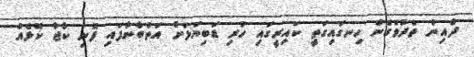
ދާއިން ތެދުވެގެން ހިނގައިގަތީ ކައިރީގައި ހުރި ޑަބިޔަލަށް އަތްބާނާފައި ފޮނި ކާޖާ ކޮޅެއް